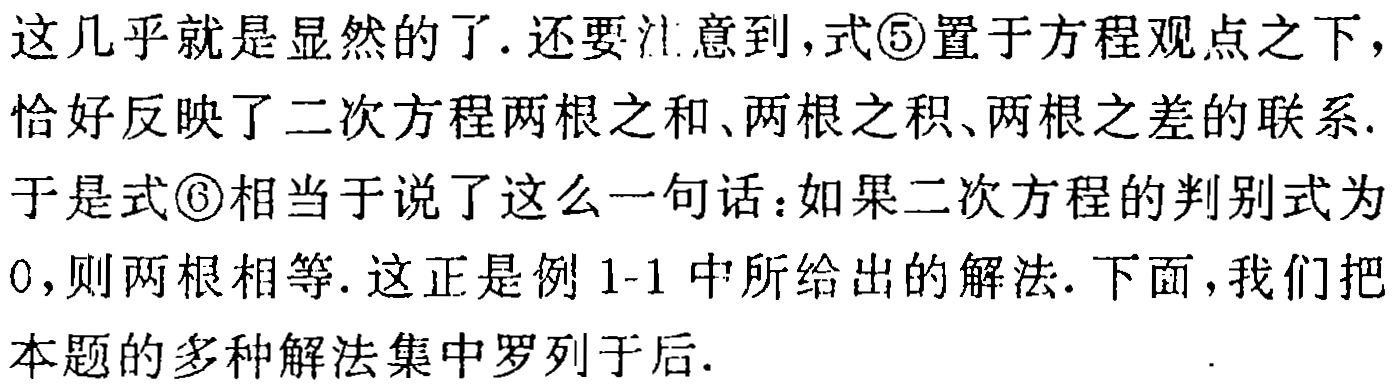
这几乎就是显然的了.还要注意到,式\textcircled{5}置于方程观点之下，恰好反映了二次方程两根之和、两根之积、两根之差的联系.于是式\textcircled{6}相当于说了这么一句话：如果二次方程的判别式为0,则两根相等.这正是例1-1中所给出的解法.下面，我们把本题的多种解法集中罗列于后.